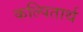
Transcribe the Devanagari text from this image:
कल्पितार्थ